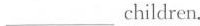
___children.